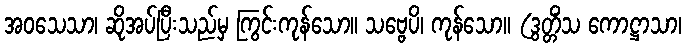
အဝသေသာ၊ ဆိုအပ်ပြီးသည်မှ ကြွင်းကုန်သော။ သဗ္ဗေပိ၊ ကုန်သော။ (ဒွတ္တိံသ ကောဋ္ဌာသာ၊